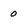
Character: 0